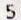
5